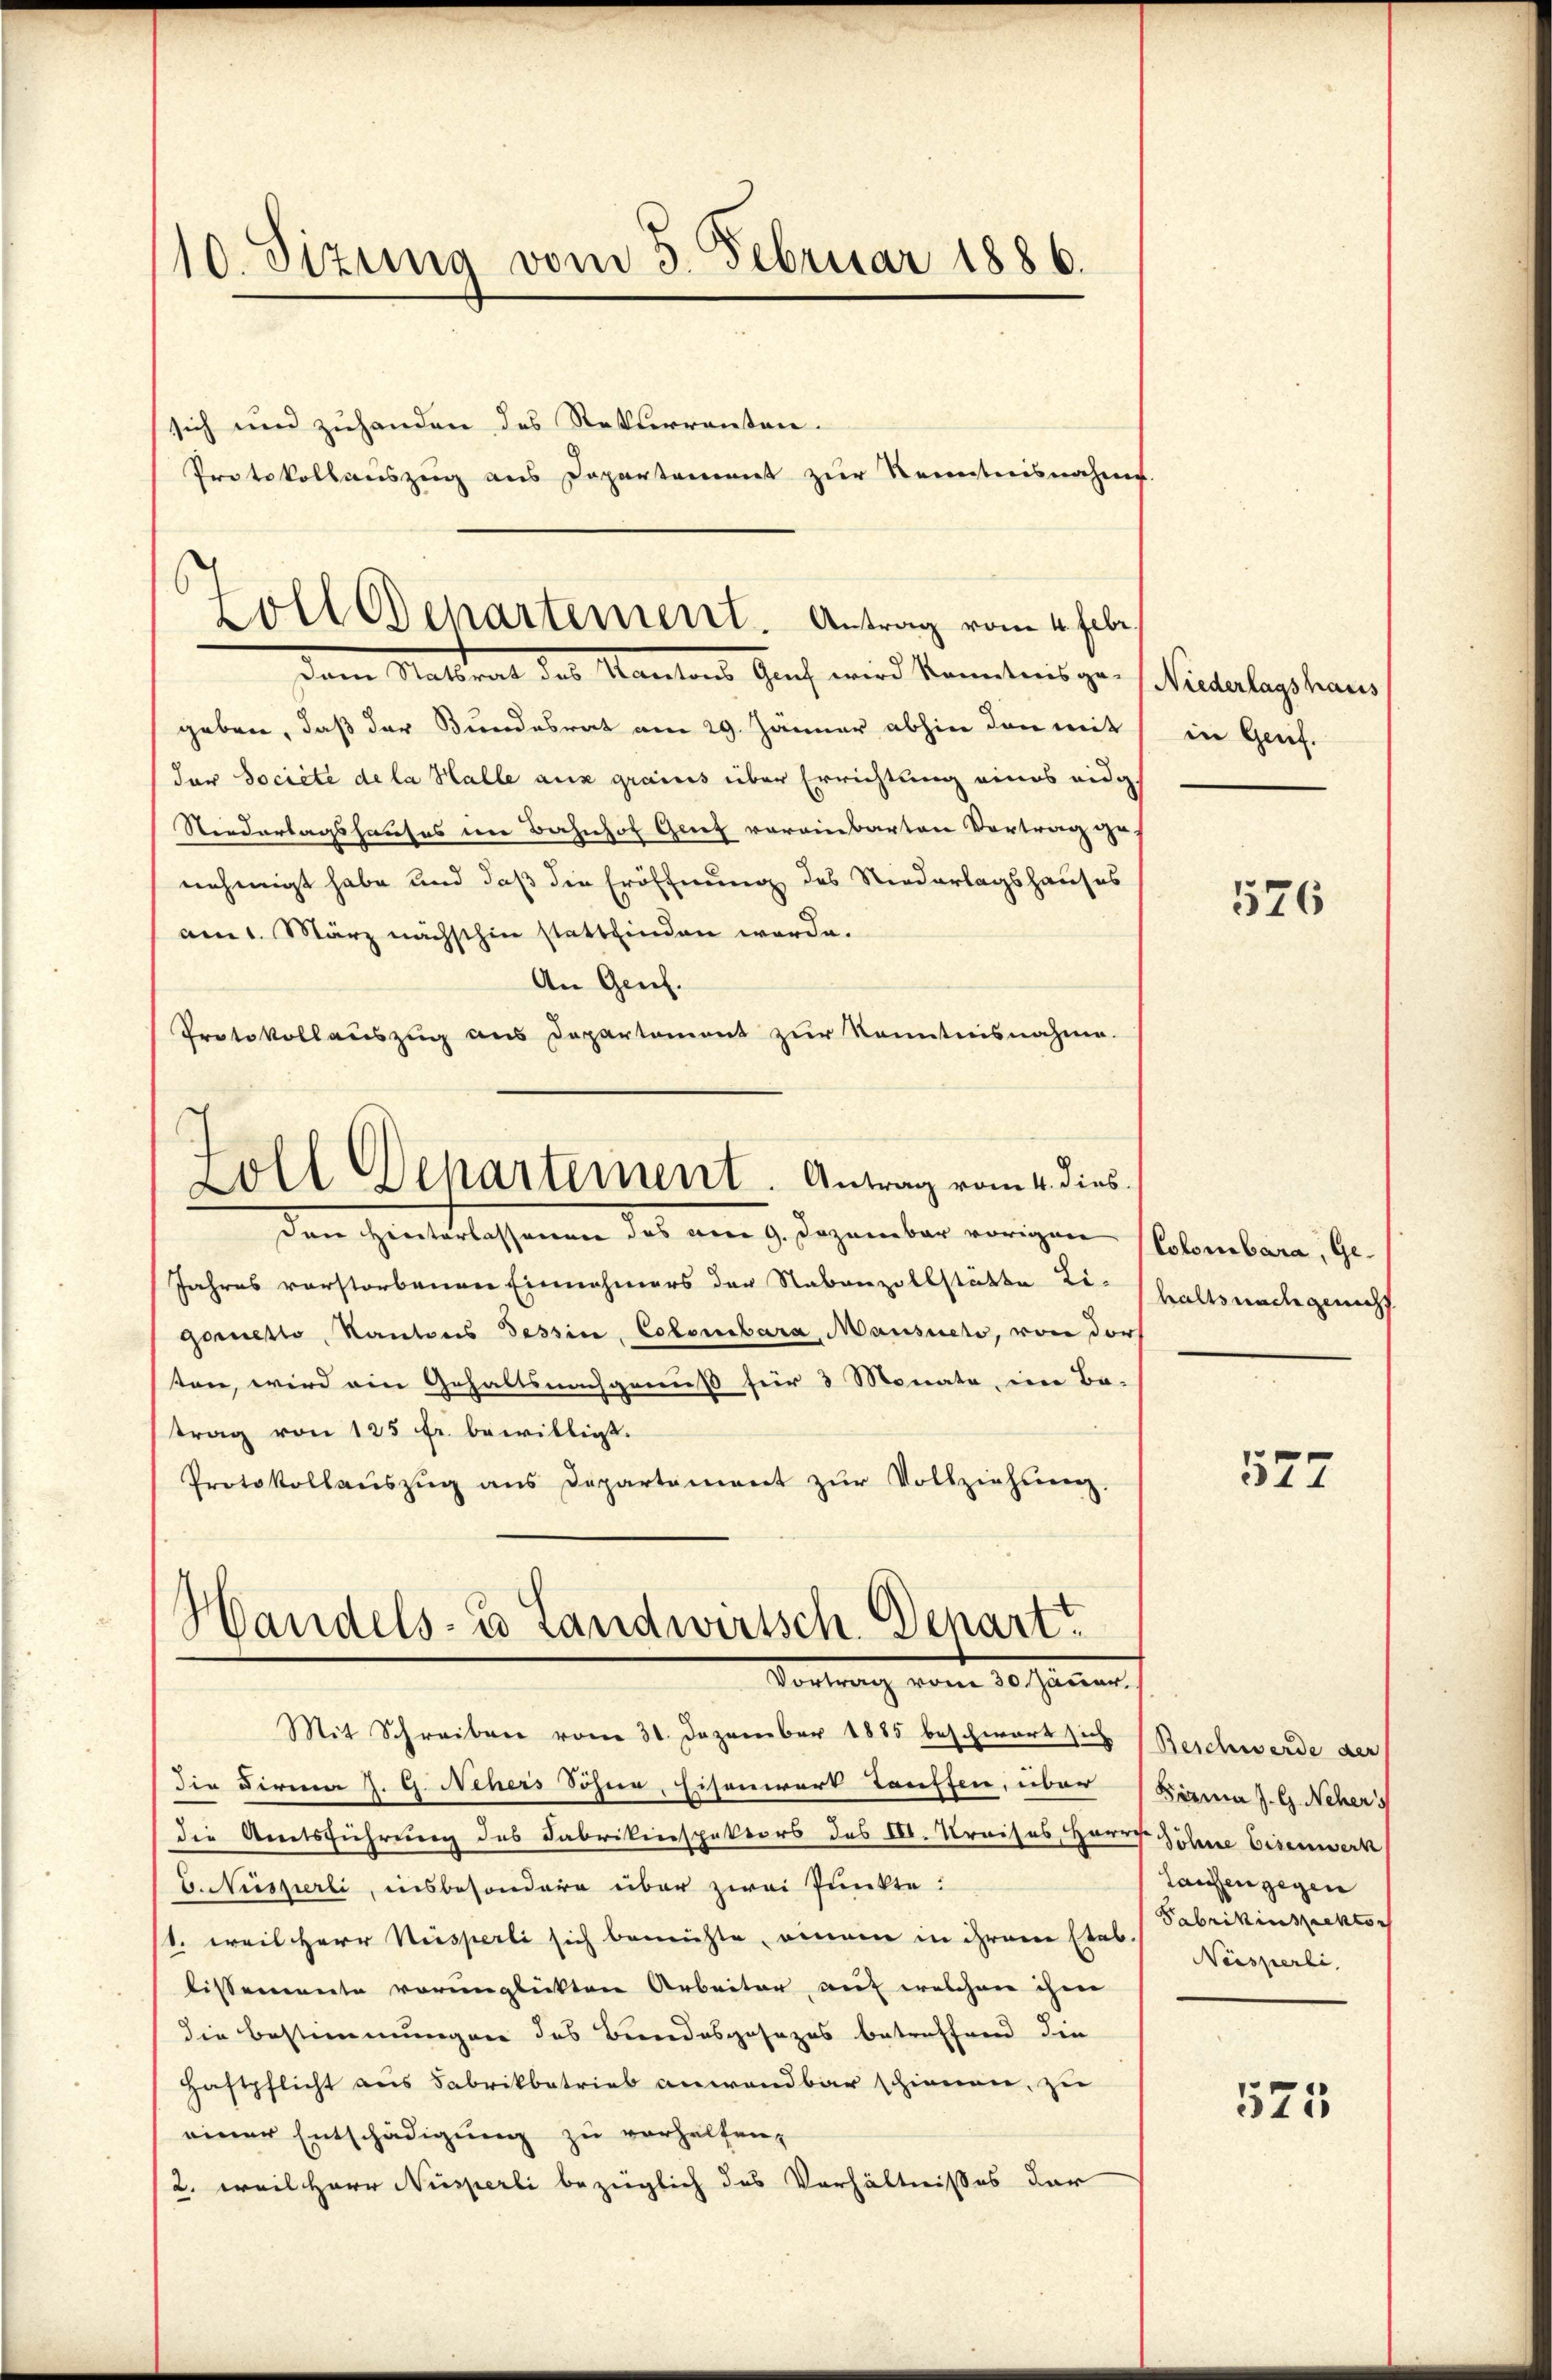
10. Sizung vom 5. Februar 1886.

sich und zuhanden des Rekurrenten.
Protokollauszug aus Departement zur Kenntnisnahme

¬
Zoll Departement. Antrag vom 4. Febr.
dem Materal des Kantons Buch wird konntens zu hinterlagshaus

geben, daß der Bundesrat am 29. Jänner abhin den mit
der Société de la Halle aus grains über Errichtung eines eidg
Niederlagshauses im Bahnhof Grief voreinbarten Vortrag ge-
nehmigt habe und daß die Eröffnung des Niederlagshauses
am 1. März nächsthin stattfinden werde.
An Genf.
Protokollauszug aus Departement zur Kenntnisnahme.
Loll Departement. Antrag vom 4. dies
Dem Hinterlassenen des am 1. Dezember vorigen
Jahres vorstorbenen Einnahmers der Nebenzollstätte Li-
goretto, Kantons Tessin, Colombara, Mausuero, von der
ten, wird ein Gehaltsnachgenuß für 3 Monate, im Be-
trag von 125 fr. bewilligt.
Protokollaŭszŭg ans Departement zŭr Vollziehsen.

Handels- u Landwirtsch. Dechartt
Vortrag vom 10. Janua

Mit Schreiben vom 31. Dezember 1885 beschwart sich Beschwerde der
die Firma J. G. Nehers Söhne, Eisenwart Tauffen, über (Kina Z. G. Nehers
die Amtsführung des Fabrikinspektors des II. Kreises, Herr Söhne Eisenwerk
b. Nüsserli, insbesondere über zwei Punkte:
1. weil Herr Wesperli sich bemühte, einem in ihrem Etab
bissemente verunglückten Arbeiter, auf welchem ihm
die Bestimmungen des Bundesgesezes betreffend die
Haftpflicht aus Fabrikbetrieb anwendbar schienen, zu
einer Entschädigung zu verhelfen,
2. weil Herr Nusperli bezüglich das Verhältnisses der

in Genf.

526

Colombara, Gehaltsnach gericht

577

Laufen gegen
Fabrikinspektor
Neisperli

575